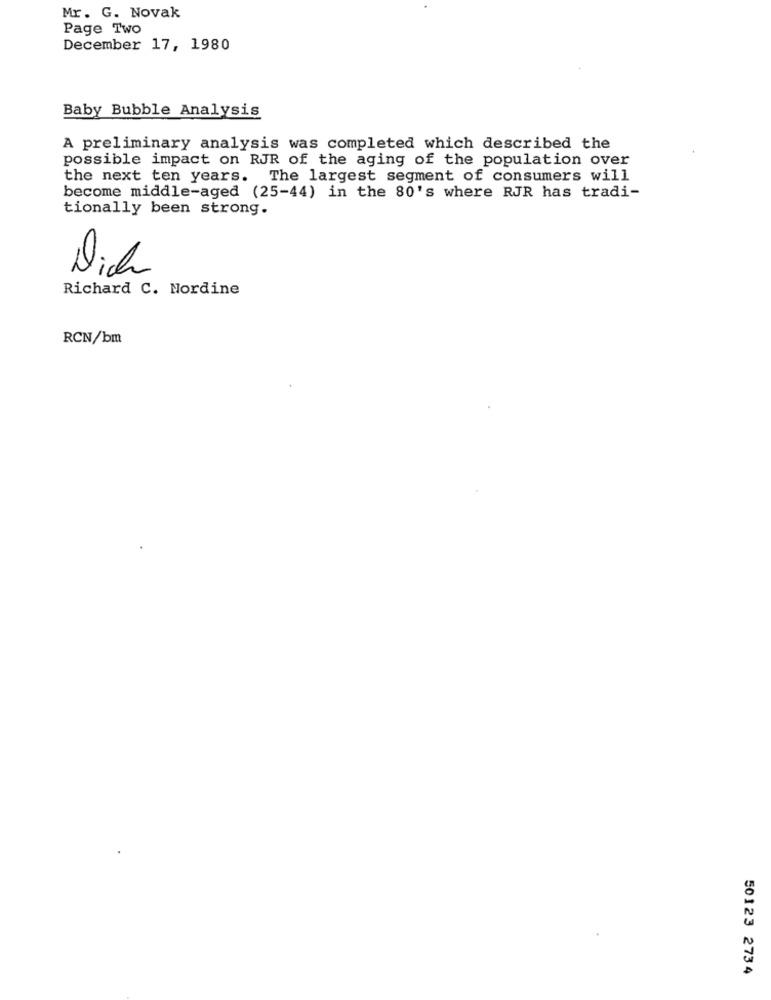
Mr. G. Novak
Page Two
December 17, 1980
Baby Bubble Analysis
A preliminary analysis was completed which described the
possible impact on RJR of the aging of the population over
the next ten years. The largest segment of consumers will
become middle-aged (25-44) in the 80's where RJR has tradi-
tionally been strong.
Dich
Richard C. Nordine
RCN/bm
50123 2734